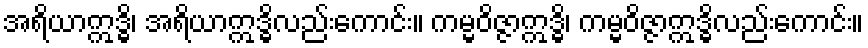
အရိယာဣဒ္ဓိ၊ အရိယာဣဒ္ဓိလည်းကောင်း။ ကမ္မဝိဇ္ဇာဣဒ္ဓိ၊ ကမ္မဝိဇ္ဇာဣဒ္ဓိလည်းကောင်း။